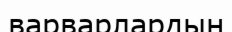
варварлардың